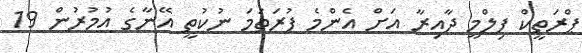
ޕްރަތީކް ފިލްމީ ދާއިރާ އަށް އެންމެ ފުރަތަމަ ނުކުތީ އޭނާގެ އުމުރުން 19